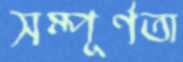
সম্পূর্ণতা